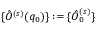
\{ \hat { O } ^ { ( s ) } ( q _ { 0 } ) \} : = \{ \hat { O } _ { 0 } ^ { ( s ) } \}